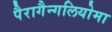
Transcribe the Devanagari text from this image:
पैरागैन्गलियोमा